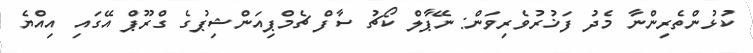
ކުޅުންތެރިންނާ މެދު ފަޚުރުވެރިވަން: ނޭޕާލް ކޯޗު ސާފް ޗެމްޕިއަންޝިޕުގެ ގްރޫޕް އޭގައި އިއްޔެ